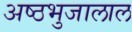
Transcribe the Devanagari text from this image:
अष्ठभुजालाल